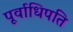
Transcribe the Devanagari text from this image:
पूर्वाधिपति